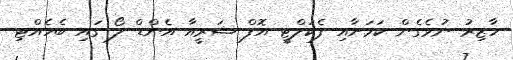
ހާޒިރު ނުވެގެން ކަމަށާއި ފެކަލްޓީ އޮފް ޝަރީއާ އެންޑް ލޯ ގައި ބެހެއްޓި